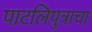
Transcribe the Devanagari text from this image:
पाटलिपुत्राचा